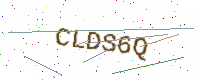
Text: CLDS6Q